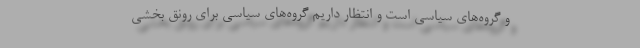
و گروه‌های سیاسی است و انتظار داریم گروه‌های سیاسی برای رونق بخشی